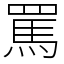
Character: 罵